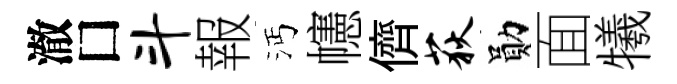
澈□斗報沔幰儕荻勛面犧